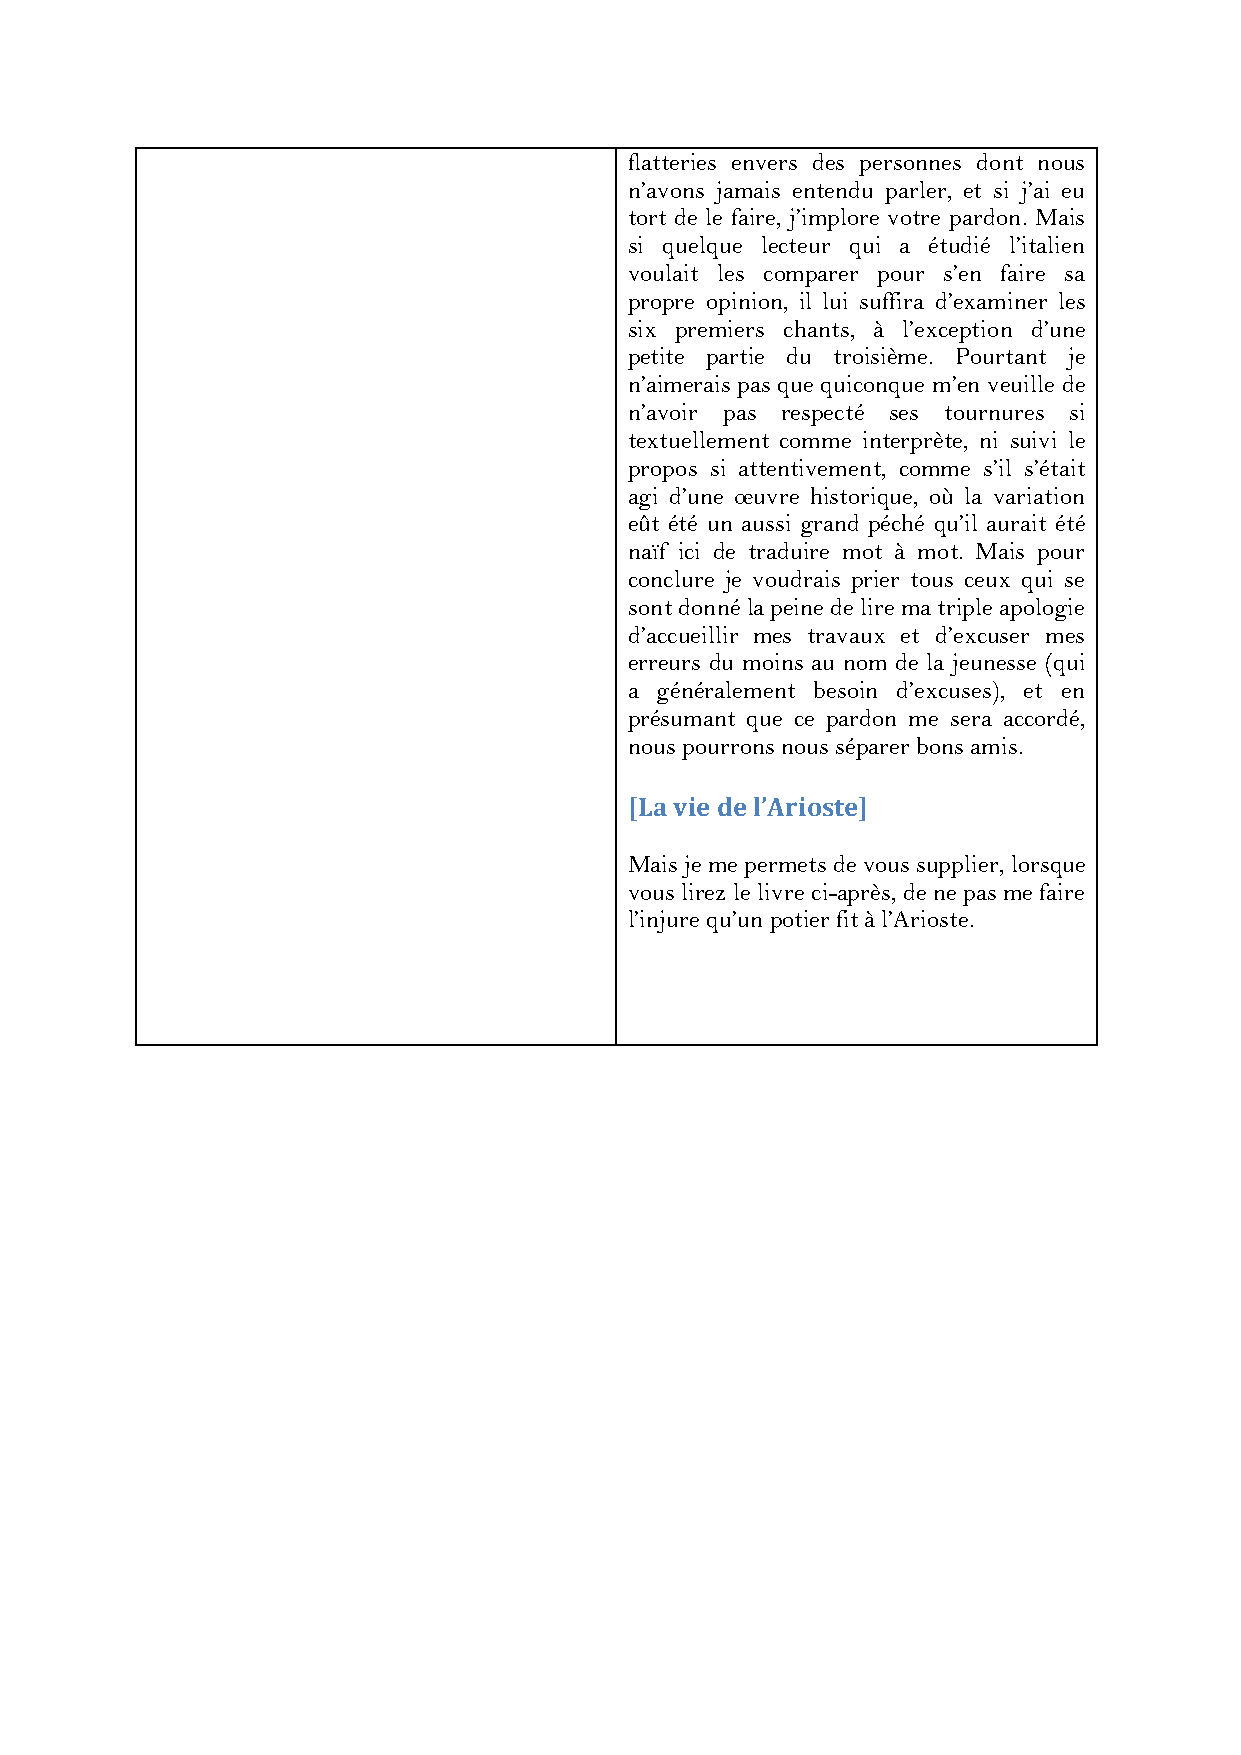
flatteries envers des personnes dont nous
 n’avons jamais entendu parler, et si j’ai eu
 tort de le faire, j’implore votre pardon. Mais
 si quelque lecteur qui a étudié l’italien
 voulait les comparer pour s’en faire sa
 propre opinion, il lui suffira d’examiner les
 six premiers chants, à l’exception d’une
 petite partie du troisième. Pourtant je
 n’aimerais pas que quiconque m’en veuille de
 n’avoir pas respecté ses tournures si
 textuellement comme interprète, ni suivi le
 propos si attentivement, comme s’il s’était
 agi d’une œuvre historique, où la variation
 eût été un aussi grand péché qu’il aurait été
 naïf ici de traduire mot à mot. Mais pour
 conclure je voudrais prier tous ceux qui se
 sont donné la peine de lire ma triple apologie
 d’accueillir mes travaux et d’excuser mes
 erreurs du moins au nom de la jeunesse (qui
 a généralement besoin d’excuses), et en
 présumant que ce pardon me sera accordé,
 nous pourrons nous séparer bons amis.
 [La vie de l’Arioste]
 Mais je me permets de vous supplier, lorsque
 vous lirez le livre ci-après, de ne pas me faire
 l’injure qu’un potier fit à l’Arioste.